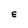
Character: E